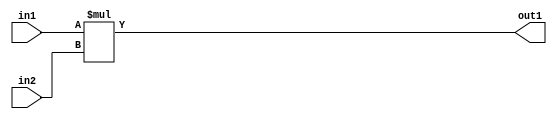
`timescale 1ps / 1ps
/*****************************************************************************
    Verilog RTL Description
    
    
    Created by: Stratus DpOpt 21.05.01 
*******************************************************************************/

module SobelFilter_Mul_2Ux2U_4U_1 (
	in2,
	in1,
	out1
	); /* architecture "behavioural" */ 
input [1:0] in2,
	in1;
output [3:0] out1;
wire [3:0] asc001;

assign asc001 = 
	+(in1 * in2);

assign out1 = asc001;
endmodule

/* CADENCE  urnwSgw= : u9/ySxbfrwZIxEzHVQQV8Q== ** DO NOT EDIT THIS LINE ******/